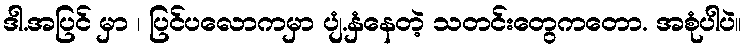
ဒါ.အပြင် မှာ ၊ ပြင်ပလောကမှာ ပျံ.နှံနေတဲ့ သတင်းတွေကတော. အစုံပါပဲ။